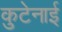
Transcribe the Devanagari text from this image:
कुटेनाई